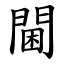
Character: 閫